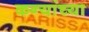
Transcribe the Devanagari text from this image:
कन्यांच्या